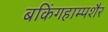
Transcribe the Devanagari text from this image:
बकिंगहाम्पशैर